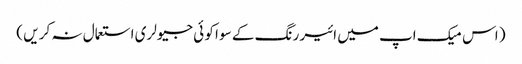
( اس میک اپ میں ائیر رنگ کے سو ا کو ئی جیولری استعمال نہ کر یں )